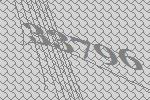
33796